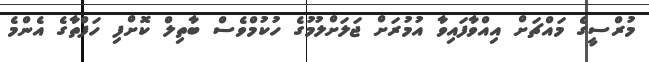
މުރްސީގެ މައްޗަށް އިއްވާފައިވާ އުމުރަށް ޖަލަށްލުމުގެ ހުކުމްވެސް ބާތިލް ކޮށްފި ހަފްތާގެ އެންމެ